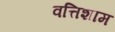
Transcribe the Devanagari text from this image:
वत्तिशाम